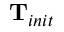
\mathbf { T } _ { i n i t }